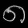
Digit: ၈